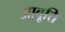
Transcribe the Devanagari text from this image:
आवृ्त्ति